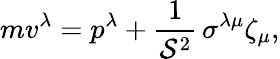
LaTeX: mv^{\lambda}=p^{\lambda}+\frac{1}{{\cal S}^{2}}\, \sigma^{\lambda\mu}\zeta_{\mu},